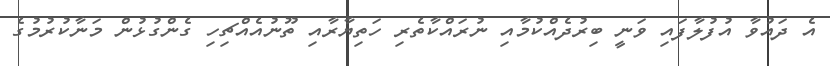
އެ ދައުވާ އުފުލާފައި ވަނީ ބިރުދެއްކުމާއި ނުރައްކާތެރި ހަތިޔާރާއި ތޫނުއެއްޗިހި ގެންގުޅުން މަނާކުރުމުގެ